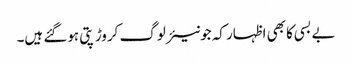
بے بسی کا بھی اظہار کہ جونیئر لوگ کروڑ پتی ہوگئے ہیں۔